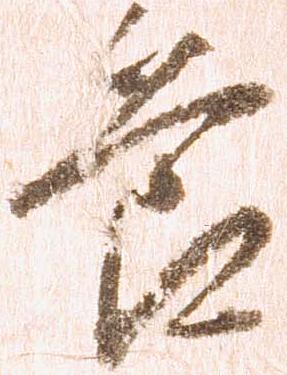
節